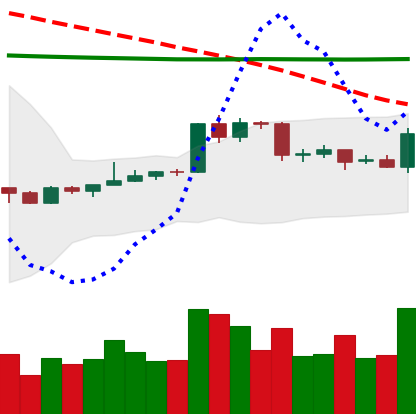
Ticker: EOS-USD
Chart end date: 2020-04-16
Forward return: -4.247%
Label: down_3_5